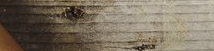
مطعم الأمل